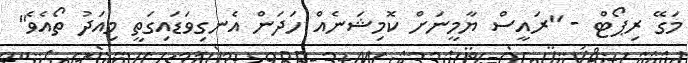
މަގޭ ރިޕޯޓް - "ރައީސް ޔާމީނަށް ކޮމިޝަނެއް ހަދަން އެނގިވަޑައިގަތީ މިއަދު ތޯއެވެ"